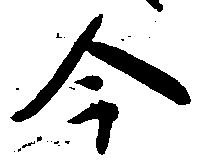
今